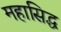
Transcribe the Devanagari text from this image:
महासिद्ध